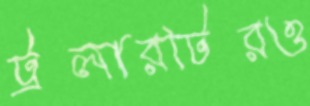
ট্রলারটিরও